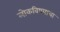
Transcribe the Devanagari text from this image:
लोकविषयाचा